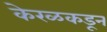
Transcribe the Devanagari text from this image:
केरळकडून